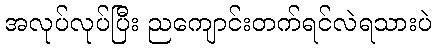
အလုပ်လုပ်ပြီး ညကျောင်းတက်ရင်လဲရသားပဲ